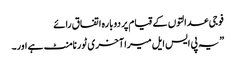
فوجی عدالتوں کے قیام پر دوبارہ اتفاق رائے
”یہ پی ایس ایل میرا آخری ٹورنامنٹ ہے اور۔